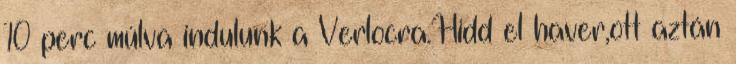
10 perc múlva indulunk a Verlocra.Hidd el haver,ott aztán